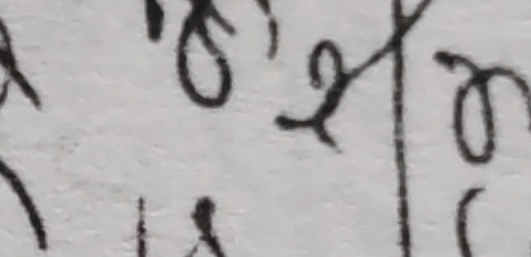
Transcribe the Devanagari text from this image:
य१वण